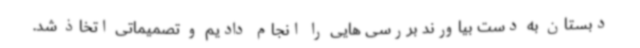
دبستان به دست بیاورند بررسی هایی را انجام دادیم و تصمیماتی اتخاذ شد.